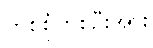
တစ်စုံတစ်ဦးအား